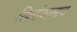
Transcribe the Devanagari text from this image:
स्थिरांकालाच